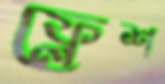
ফ্লেশ